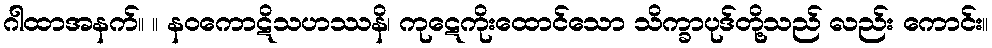
ဂါထာအနက်။ ။ နဝကောဋိသဟဿနိ၊ ကုဋေကိုးထောင်သော သိက္ခာပုဒ်တို့သည် လည်း ကောင်း။